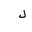
Letter: _lam